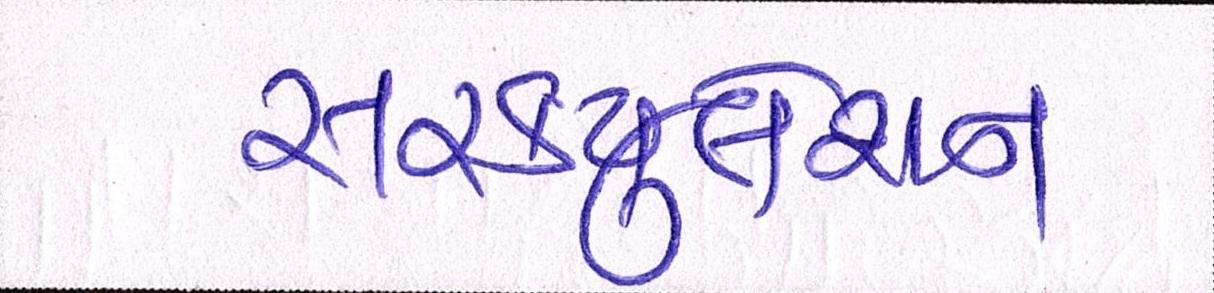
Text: સરકયુલેશન